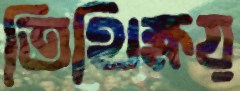
তিথিক্ষয়